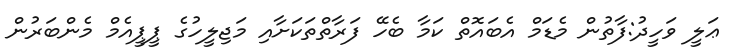
ޢަލީ ވަހީދު:ފާތުން މެޑަމް އެބައޮތް ކަމާ ބެހޭ ފަރާތްތަކަށާއި މަޖިލީހުގެ ޕީޕީއެމް މެންބަރުން